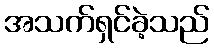
အသက်ရှင်ခဲ့သည်